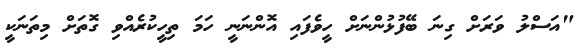
"އަސްލު ވަރަށް ގިނަ ބޭފުޅުންނަށް ހީވެފައި އޮންނަނީ ހަމަ ތިހީކުރެއްވި ގޮތަށް މިތަނަކީ